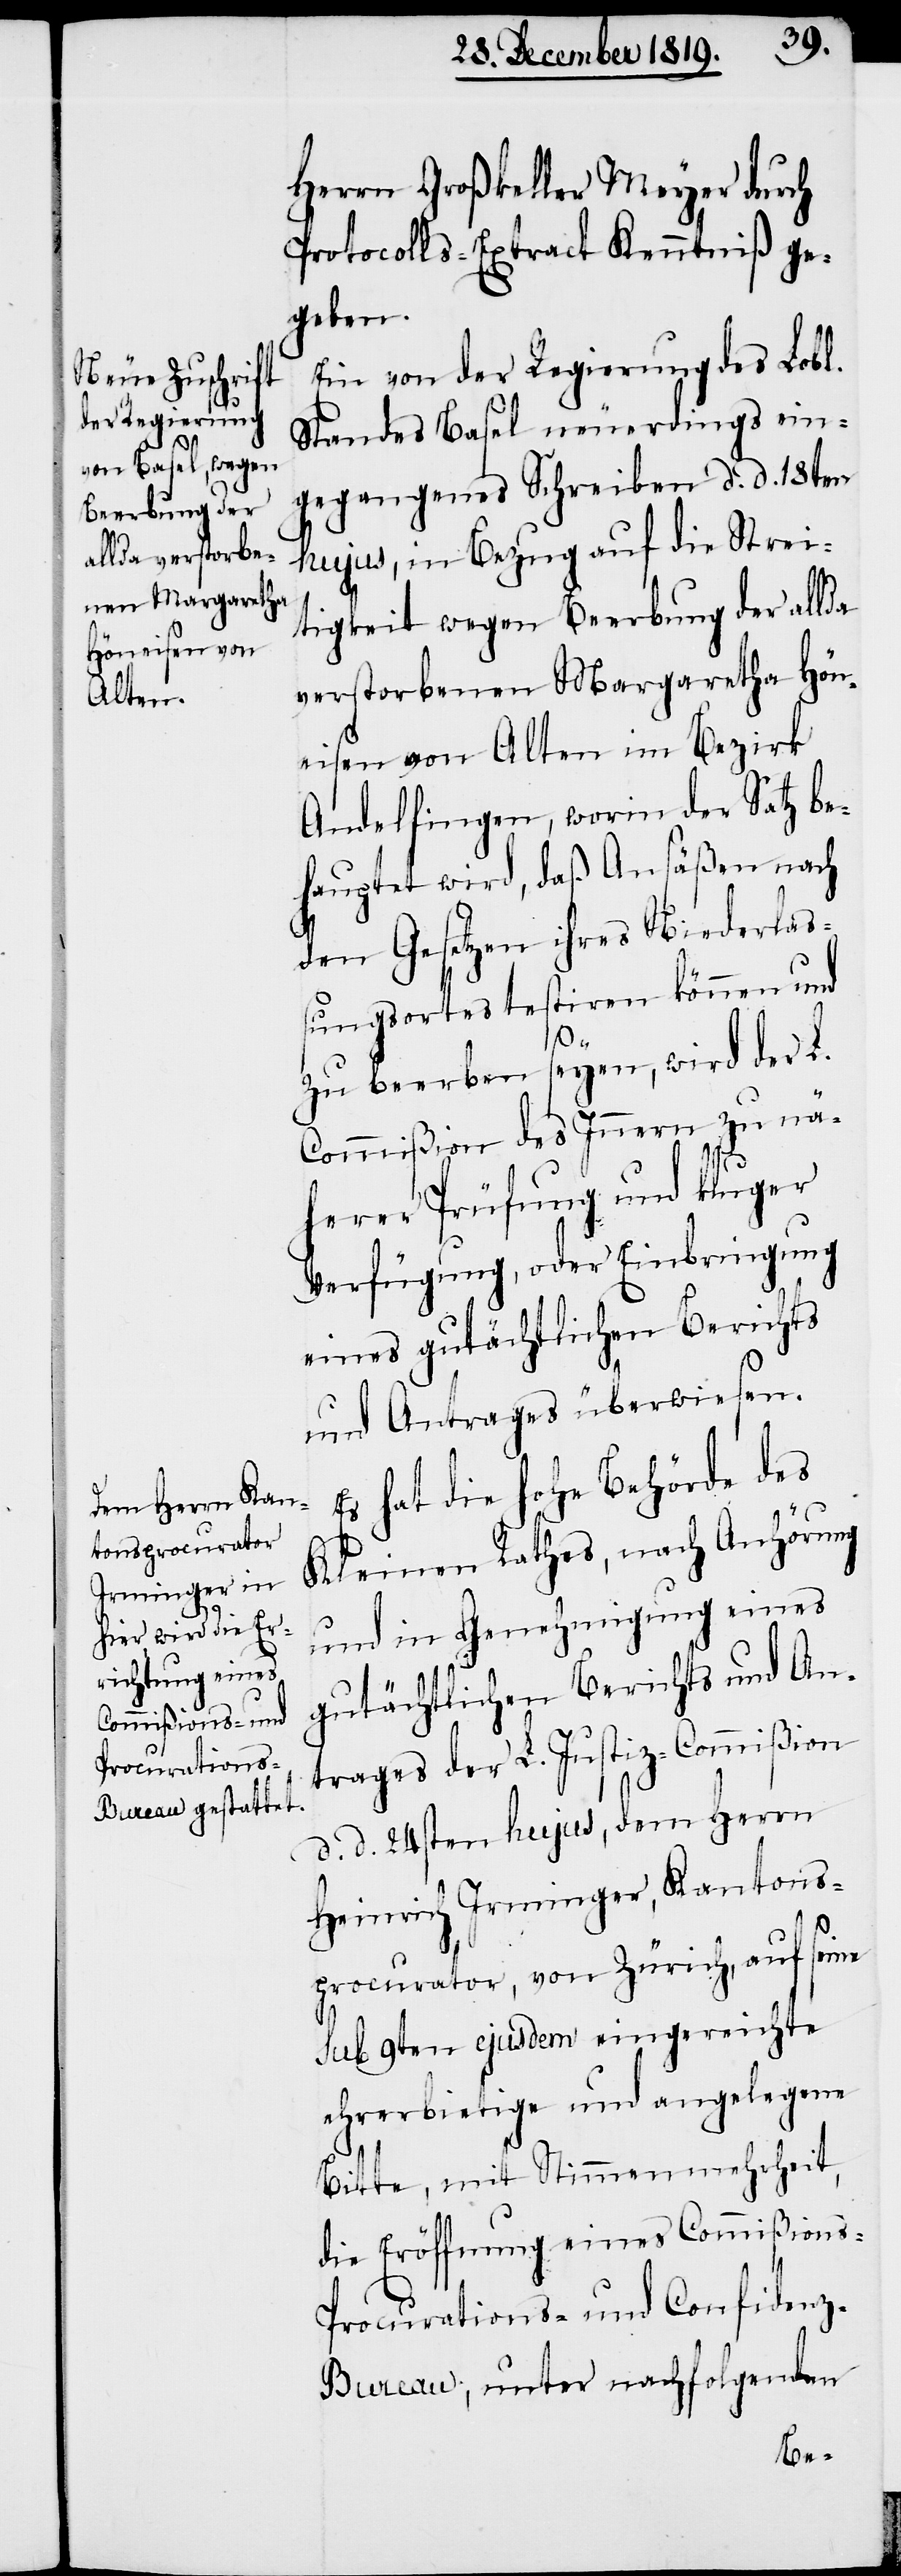
procurator,

Herrn Großkeller Meyer durch
Procolls-Extract Kenntniß ge¬
geben.
Ein von der Regierung des Lobl.
Standes Basel neuerdings ein¬
gegangenes Schreiben d. d. 18ten
hujus, in Bezug auf die Strei¬
tigkeit wegen Beerbung der allda
verstorbenen Margaretha Hön¬
eisen von Alten im Bezirk
Andelfingen, worin der Satz be¬
hauptet wird, daß Ansäßen nach
den Gesetzen ihres Niederlas¬
sungsortes testiren können und
zu beerben seyen, wird der L.
Commißion des Innern zu nä¬
herer Prüfungen und kluger
Verfügung, oder Einbringung
eines gutächtlichen Berichts
und Antrages überwiesen.
Es hat die hohe Behörde des
Kleinen Rathes, nach Anhörung
und in Genehmigung eines
gutächtlichen Berichts und An¬
trages der L. Justiz-Commißion
d. d. 24sten hujus, dem Herrn
Heinrich Irminger, Kantons¬
sub 9ten ejusdem eingereichte
ehrerbietige und angelegene
Bitte, mit Stimmenmehrheit,
die Eröffnung eines Commißions-P¬
rocurations- und Confidenz-B¬
ureau, unter nachfolgenden